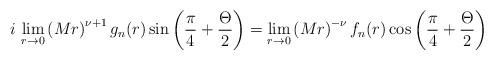
LaTeX: \begin{align*}i\,\lim_{r\rightarrow 0}\left(Mr\right)^{\nu +1}g_n(r) \sin\left(\frac{\pi}{4}+\frac{\Theta}{2}\right)=\lim_{r\rightarrow 0}\left(Mr\right)^{-\nu }f_n(r) \cos\left(\frac{\pi}{4}+\frac{\Theta}{2}\right)\end{align*}